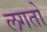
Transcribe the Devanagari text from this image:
लगतो